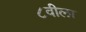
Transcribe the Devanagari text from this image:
८वीला